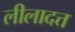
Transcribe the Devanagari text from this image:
लीलादत्त